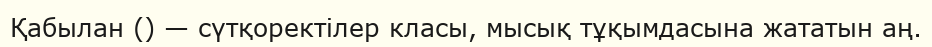
Қабылан () — сүтқоректілер класы, мысық тұқымдасына жататын аң.